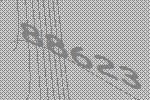
88623